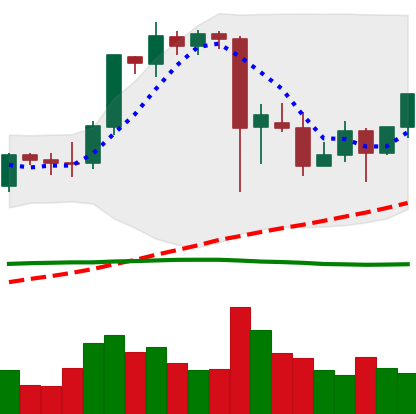
Ticker: ETH-USD
Chart end date: 2021-09-15
Forward return: -18.153%
Label: down_7plus